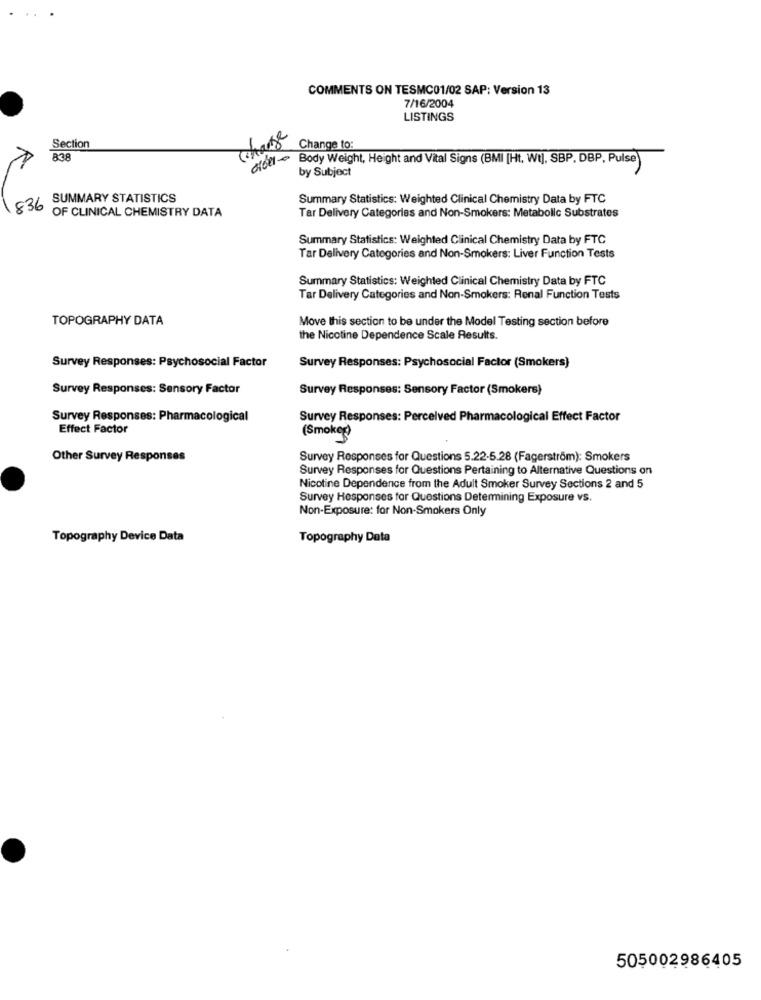
COMMENTS ON TESMC01/02 SAP: Version 13
7/16/2004
LISTINGS
Charge
Section
Change to:
838
Body Weight, Height and Vital Signs (BMI [Ht. Wt], SBP. DBP, Pulse
by Subject
836 SUMMARY STATISTICS
Summary Statistics: Weighted Clinical Chemistry Data by FTC
OF CLINICAL CHEMISTRY DATA
Tar Delivery Categories and Non-Smokers: Metabolic Substrates
Summary Statistics: Weighted Clinical Chemistry Data by FTC
Tar Delivery Categories and Non-Smokers: Liver Function Tests
Summary Statistics: Weighted Clinical Chemistry Data by FTC
Tar Delivery Categories and Non-Smokers: Renal Function Tests
TOPOGRAPHY DATA
Move this section to be under the Model Testing section before
the Nicotine Dependence Scale Results.
Survey Responses: Psychosocial Factor
Survey Responses: Psychosocial Factor (Smokers)
Survey Responses: Sensory Factor
Survey Responses: Sensory Factor (Smokers)
Survey Responses: Pharmacological
Survey Respons
rcelved Pharmacological Effect Factor
Effect Factor
(Smokeg)
Other Survey Responses
Survey Responses for Questions 5.22-5.28 (Fagerström): Smokers
Survey Responses for Questions Pertaining to Alternative Questions on
Nicotine Dependence from the Adult Smoker Survey Sections 2 and 5
Survey Responses for Questions Determining Exposure vs.
Non-Exposure: for Non-Smokers Only
Topography Device Data
Topography Data
505002986405